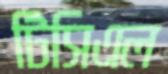
টিসিএল